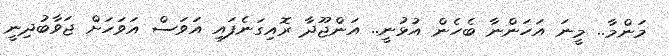
މަންމާ.. މީނަ އަހަންނާ ބެހެން އުޅުނީ.. އަންޖޫދާ ރޮއިގަނެފައި އަވަސް އަވަހަށް ޖަވާބުދިނީ